Indian Medical Review
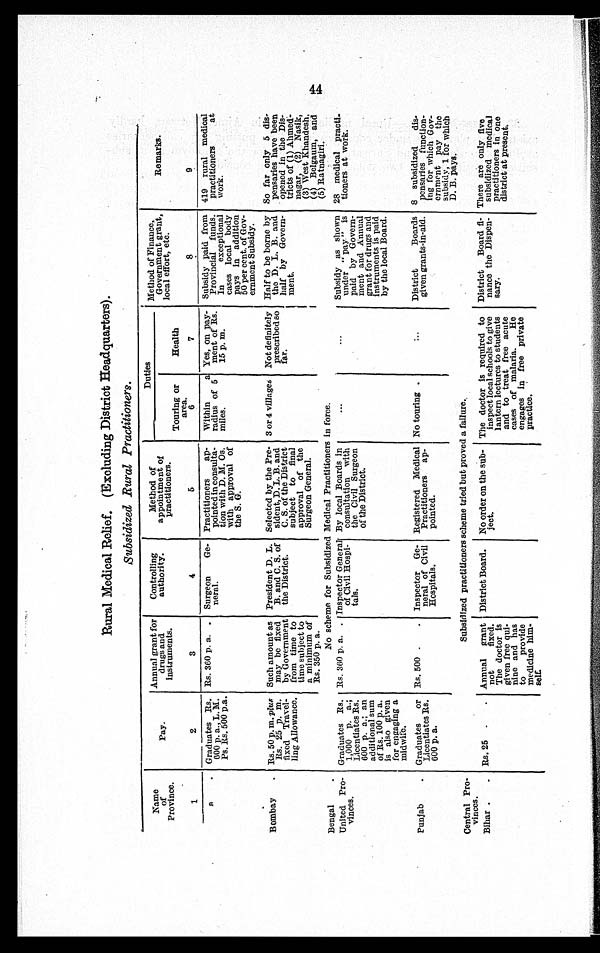
Rural Medical Relief. (Excluding District Headquarters).
Subsidized Rural Practitioners.
Name
of
Province.
Pay.
Annual grant for
drugs and
instruments.
Controlling
authority.
Method of
appointment of
practitioners.
Duties
Method of Finance,
Government grant,
local effort, etc.
Remarks.
Touring or
area.
Health
1
2
3
4
5
6
7
8
9
a . Graduates Rs.
600 p. a., L. M.
Ps. Rs. 500 p.a.
Rs. 360 p. a.. Surgeon Ge-
neral.
Practitioners ap
pointed in consulta
tion with D. M. Os.
with approval of
the S. G.
Within a
radius of 5
miles.
Yes, on pay
ment of Rs.
15 p. m.
Subsidy paid from
Provincial funds.
In exceptional
cases local body
pays in addition
50 per cent.of Gov
ernment Subsidy.
419 rural medical
practitioners at
work.
Bombay
Rs. 50 p.m. pl
us Rs. 25 p. m.
fixed Travel
ling Allowance.
Such amount as
may be fixed
by Government
from time to
time subject to
a minimum of
Rs. 350 p. a
President D. L.
B. and C. S. of
the District.
Selected by the Pre-
sident, D. L. B. and
C. S. of the District
subject to final
approval of the
Surgeon General.
3 or 4 village
Not definitely
prescribed so
far.
Half to be borne by
the D. L. B. and
half by Govern-
meat.
So far only 5 dis
pensaries have been
opened in the Dis
tricts of (1) Ahmed
nagar,(2) Nasik,
(3) West Khandesh,
(4) Bclgaum, and
(5) Ratnagiri.
No scheme for Subsidized Medical Practitioners in force.
Bengal
United Pro
vinces.
Graduates Rs.
1,000 p.a.;
Licentiates Rs.
600 p. a.; an
additional sum
of Rs. 100 p. a.
is also given
for engaging a
midwife.
Rs. 360 p. a.
Inspector General
of Civil Hospi
tals.
By local Boards in
consultation with
the Civil Surgeon
of the District.
Subsidy as shown
under "pay" is
paid by Govern
ment and Annual
grant for drugs and
instruments is paid
by the local Board.
28 medical practi
tioners at work.
Punjab
Graduates or
Licentiates Rs
. 600 p. a.
Rs. 500. Inspector Ge
neral of Civil
Hospitals.
Registered Medical
Practitioners ap
pointed.
No touring .
District Boards
given grants-in-aid.
8 subsidized dis
pensaries function
ing for which Gov
ernment pay the
subsidy, 1 for which
D. B. pays
Central Pro
vinces.
Bihar
Subsidized practitioners scheme tried but proved a failure.
Rs. 25
Annual grant
not fixed.
The doctor is
given free qui
nine and has
to provide
medicine him
self
District Board. No order on the subj
ect.
The doctor is
inspect local schools
lantern lectures
and to treat
cases of malaria.
engages in
practice. required to
to give
to students
free acute
He
free private
District Board f
lnance the Dispen
sary.
There are only five
subsidized medical
practitioners in one
district at present.
44